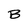
Character: B